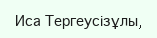
Иса Тергеусізұлы,